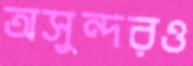
অসুন্দরও